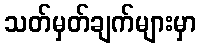
သတ်မှတ်ချက်များမှာ